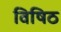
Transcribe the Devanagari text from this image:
विषिठ